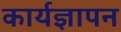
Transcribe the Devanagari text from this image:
कार्यज्ञापन